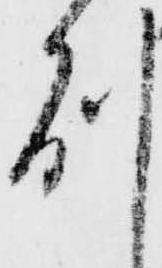
州